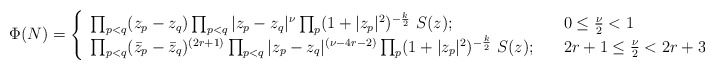
\begin{align*}\Phi (N) = \left \{ \begin{array}{ll}\prod_{p<q}(z_p - z_q)\prod_{p<q}|z_p - z_q|^\nu\prod_p (1+|z_p|^2)^{-{k \over 2}}\,\,S(z);& 0 \le {\nu \over 2}< 1 \\\prod_{p<q}(\bar z_p - \bar z_q)^{(2r+1)}\prod_{p<q}|z_p - z_q|^{(\nu-4r -2)}\prod_p (1+|z_p|^2)^{-{k \over 2}}\,\,S(z); \quad& 2r+1 \le {\nu \over 2}< 2r +3\end{array}\right.\end{align*}